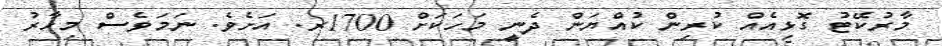
މާރުކޭޓު ގޮޅިއެއް ކުރިން ކުއްޔަން ދެނީ މަހަކަށް 1700ރ. އަށެވެ. ނަމަވެސް މިހާރު